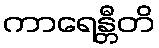
ကာရေန္တီတိ